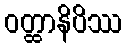
ဝတ္ထာနိပိဿ